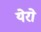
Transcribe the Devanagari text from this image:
येरो